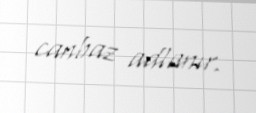
canbaz adlanır.